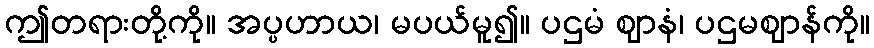
ဤတရားတို့ကို။ အပ္ပဟာယ၊ မပယ်မူ၍။ ပဌမံ ဈာနံ၊ ပဌမဈာန်ကို။